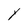
Character: Y